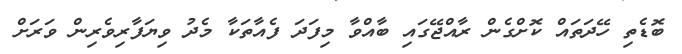
ބޮޑެތި ހޭދަތައް ކޮށްގެން ރާއްޖޭގައި ބާއްވާ މިފަދަ ފެއާތަކާ މެދު ވިޔަފާރިވެރިން ވަރަށް